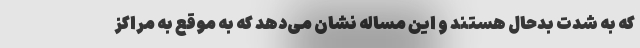
که به شدت بدحال هستند و این مساله نشان می‌دهد که به موقع به مراکز